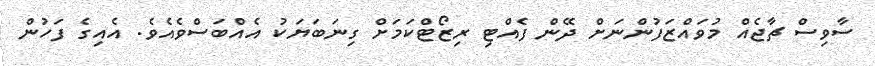
ސާވިސް ޗާޖެއް މުވައްޒަފުންނަށް ދޭން ފެއްޓި ރިޒޯޓްކަމަށް ގިނަބަޔަކު އެއްބަސްވެއެވެ. އެއިގެ ފަހުން